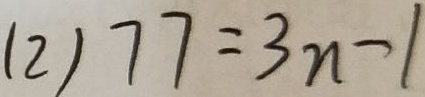
( 2 ) 7 7 = 3 n - 1